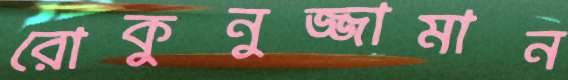
রোকুনুজ্জামান